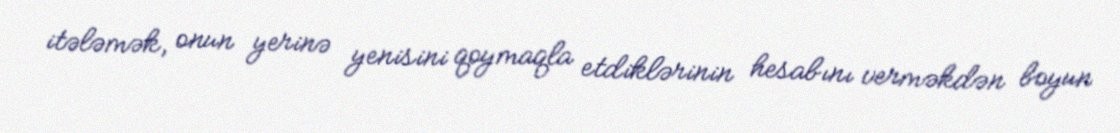
itələmək, onun yerinə yenisini qoymaqla etdiklərinin hesabını verməkdən boyun